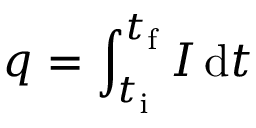
q = \int _ { t _ { \mathrm { i } } } ^ { t _ { \mathrm { f } } } I \, \mathrm { d } t